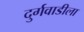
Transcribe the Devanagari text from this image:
दुर्गवाडीला